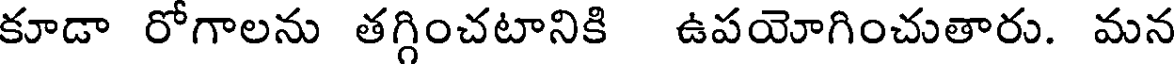
కూడా రోగాలను తగ్గించటానికి ఉపయోగించుతారు. మన